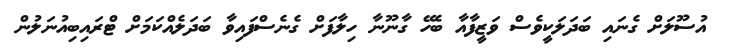
އުސޫލަށް ގެނައި ބަދަލަކީވެސް ވަޒީފާއާ ބެހޭ ގާނޫނާ ހިލާފަށް ގެނެސްފައިވާ ބަދަލެއްކަމަށް ޓްރައިބިއުނަލުން